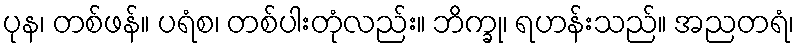
ပုန၊ တစ်ဖန်။ ပရံစ၊ တစ်ပါးတုံလည်း။ ဘိက္ခု၊ ရဟန်းသည်။ အညတရံ၊